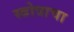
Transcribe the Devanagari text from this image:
स्त्रोत्राचा